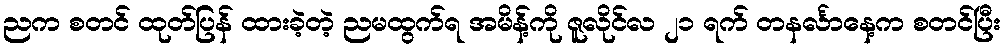
ညက စတင် ထုတ်ပြန် ထားခဲ့တဲ့ ညမထွက်ရ အမိန့်ကို ဇူလိုင်လ ၂၁ ရက် တနင်္လာနေ့က စတင်ပြီး